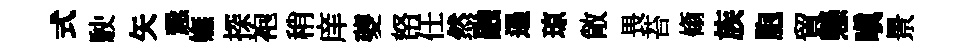
式駛矢慤嫵探袍稍庠夔帑任然融遏琼敞畏苔翛族胞貿懸嗔景